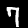
Digit: 7